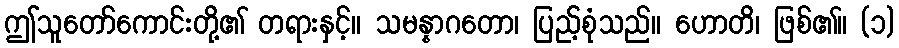
ဤသူတော်ကောင်းတို့၏ တရားနှင့်။ သမန္နာဂတော၊ ပြည့်စုံသည်။ ဟောတိ၊ ဖြစ်၏။ (၁)